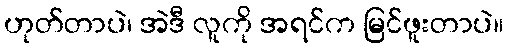
ဟုတ်တာပဲ၊ အဲဒီ လူကို အရင်က မြင်ဖူးတာပဲ။